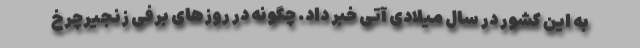
به این کشور در سال میلادی آتی خبر داد. چگونه در روزهای برفی زنجیرچرخ